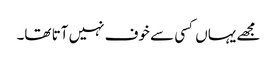
مجھے یہاں کسی سے خوف نہیں آتا تھا۔